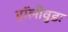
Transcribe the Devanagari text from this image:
हॉलीवुडः